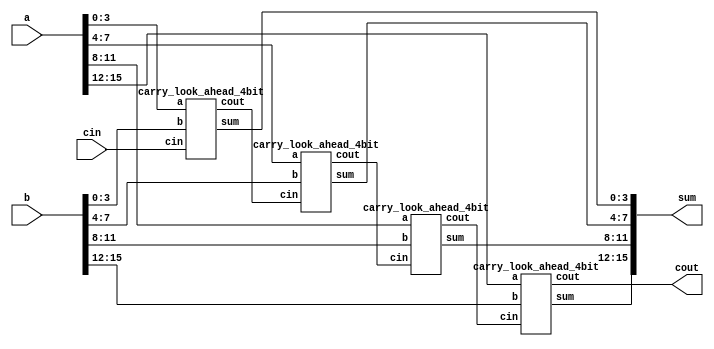
module carry_look_ahead_16bit(a,b, cin, sum,cout);
input [15:0] a,b;
input cin;
output [15:0] sum;
output cout;
wire c1,c2,c3;
 
carry_look_ahead_4bit cla1 (.a(a[3:0]), .b(b[3:0]), .cin(cin), .sum(sum[3:0]), .cout(c1));
carry_look_ahead_4bit cla2 (.a(a[7:4]), .b(b[7:4]), .cin(c1), .sum(sum[7:4]), .cout(c2));
carry_look_ahead_4bit cla3(.a(a[11:8]), .b(b[11:8]), .cin(c2), .sum(sum[11:8]), .cout(c3));
carry_look_ahead_4bit cla4(.a(a[15:12]), .b(b[15:12]), .cin(c3), .sum(sum[15:12]), .cout(cout));
 
endmodule

module carry_look_ahead_4bit(a,b, cin, sum,cout);
input [3:0] a,b;
input cin;
output [3:0] sum;
output cout;
 
wire [3:0] p,g,c;
 
assign p=a^b;
assign g=a&b;

assign c[0]=cin;
assign c[1]= g[0]|(p[0]&c[0]);
assign c[2]= g[1] | (p[1]&g[0]) | p[1]&p[0]&c[0];
assign c[3]= g[2] | (p[2]&g[1]) | p[2]&p[1]&g[0] | p[2]&p[1]&p[0]&c[0];
assign cout= g[3] | (p[3]&g[2]) | p[3]&p[2]&g[1] | p[3]&p[2]&p[1]&g[0] | p[3]&p[2]&p[1]&p[0]&c[0];
assign sum=p^c;
 
endmodule

module carry_look_ahead_16bit_tb;
reg [15:0] a,b;
reg cin;
wire [15:0] sum;
wire cout;
 
  carry_look_ahead_16bit uut(.a(a), .b(b),.cin(cin),.sum(sum),.cout(cout));
 
initial begin
  a=0; b=0; cin=0;
  #20 a=16'd2; b=16'd2; cin=1'd1;
  #20 a=16'd2; b=16'd3; cin=1'd1;
  #20 a=16'd18; b=16'd18; cin=1'd0;
  #20 a=16'd100; b=16'd0; cin=1'd1;
end
 
initial
  $monitor( "A=%d, B=%d, Cin= %d, Sum=%d, Cout=%d", a,b,cin,sum,cout);
endmodule